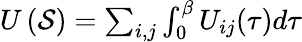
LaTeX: \begin{array}{r}{U\left(\mathcal{S}\right)=\sum_{i,j}\int_{0}^{\beta}U_{ij}(\tau)d\tau}\end{array}